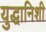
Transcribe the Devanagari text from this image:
युद्धानिशी